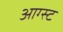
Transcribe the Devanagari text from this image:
आग्‍स्‍ट